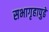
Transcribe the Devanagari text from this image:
सभागृहापुढे